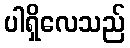
ပါရှိလေသည်